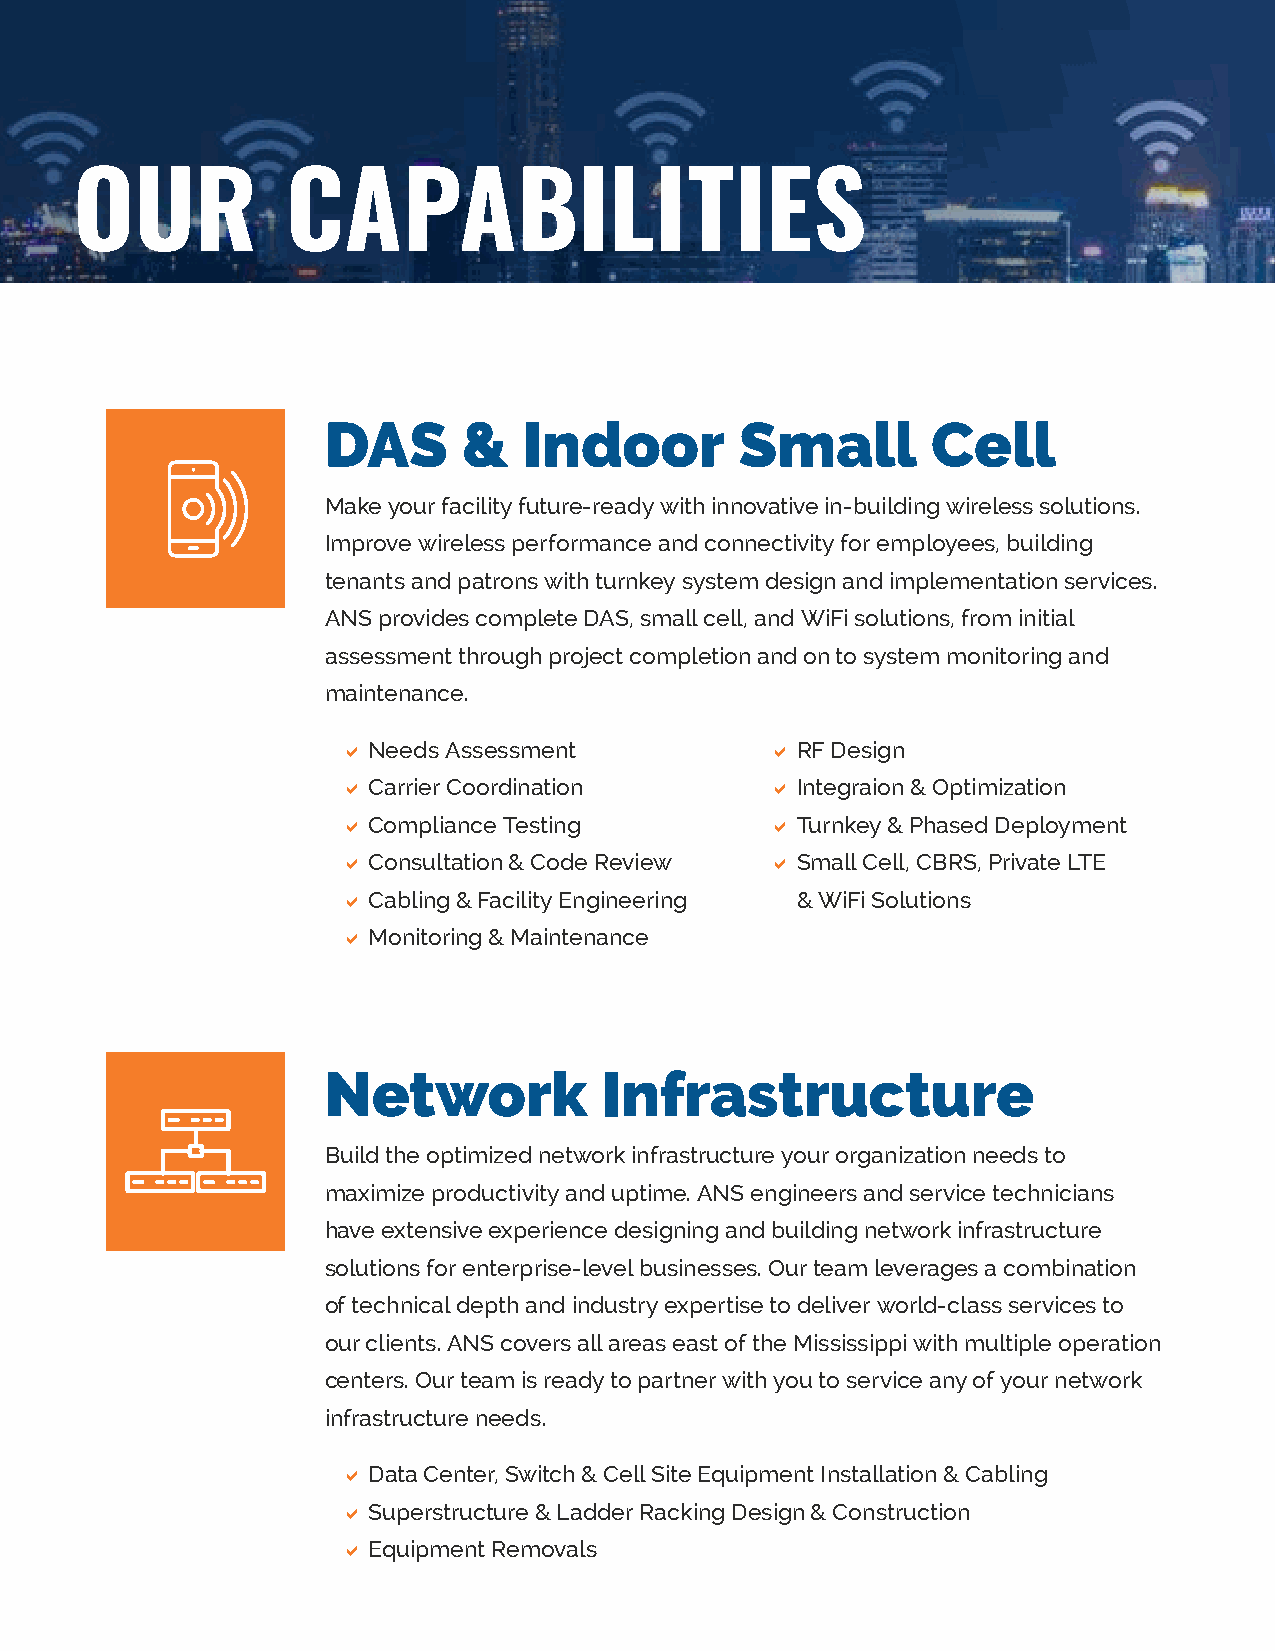
OUR           CAPABILITIES
 DAS       &   Indoor        Small        Cell
 Make your facility future-ready with innovative in-building wireless solutions.
 Improve wireless performance and connectivity for employees, building
 tenants and patrons with turnkey system design and implementation services.
 ANS provides complete DAS, small cell, and WiFi solutions, from initial
 assessment through project completion and on to system monitoring and
 maintenance.
 D Needs Assessment          D RF Design
 D Carrier Coordination      D Integraion & Optimization
 D Compliance Testing        D Turnkey & Phased Deployment
 D Consultation & Code Review D Small Cell, CBRS, Private LTE
 D Cabling & Facility Engineering & WiFi Solutions
 D Monitoring & Maintenance
 Network            Infrastructure
 Build the optimized network infrastructure your organization needs to
 maximize productivity and uptime. ANS engineers and service technicians
 have extensive experience designing and building network infrastructure
 solutions for enterprise-level businesses. Our team leverages a combination
 of technical depth and industry expertise to deliver world-class services to
 our clients. ANS covers all areas east of the Mississippi with multiple operation
 centers. Our team is ready to partner with you to service any of your network
 infrastructure needs.
 D Data Center, Switch & Cell Site Equipment Installation & Cabling
 D Superstructure & Ladder Racking Design & Construction
 D Equipment Removals